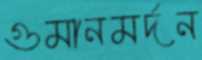
গুমানমর্দন